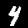
Digit: 4